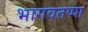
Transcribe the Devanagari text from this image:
भागवतप्पा